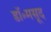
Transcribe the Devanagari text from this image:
डॉ॰मसूद